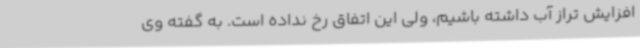
افزایش تراز آب داشته باشیم، ولی این اتفاق رخ نداده است. به گفته وی